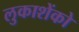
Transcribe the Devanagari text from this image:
लुकाशेंको